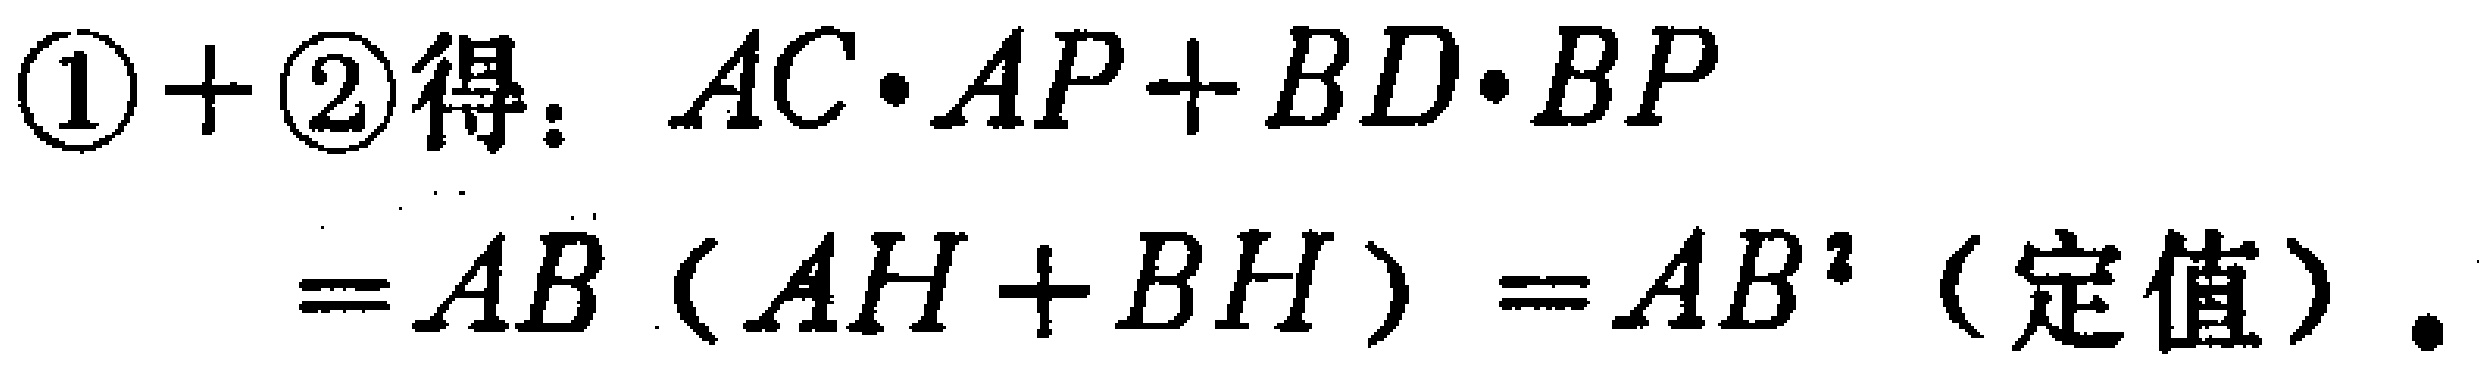
$\textcircled{1}+\textcircled{2}得：AC\cdot AP + BD\cdot BP=AB(AH + BH)=AB^{2}（定值）.$